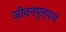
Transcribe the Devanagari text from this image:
जीवनमुल्याचे